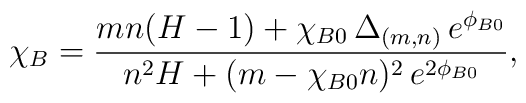
\chi_B = \frac{mn (H - 1) + \chi_{B0} \,\Delta_{(m, n)} \,e^{\phi_{B0}}}              { n^2 H +  (m - \chi_{B0} n)^2 \,e^{2\phi_{B0}}},